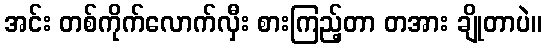
အင်း တစ်ကိုက်လောက်လှီး စားကြည့်တာ တအား ချိုတာပဲ။